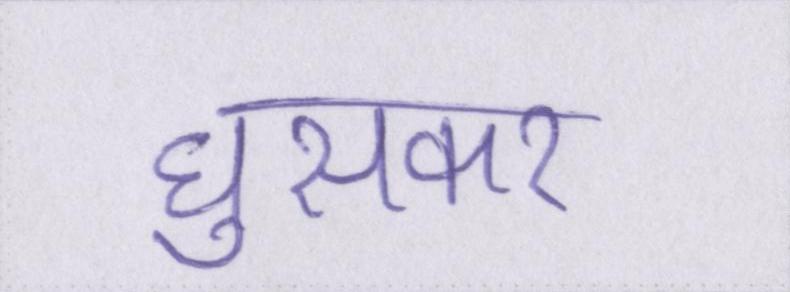
घुसकर